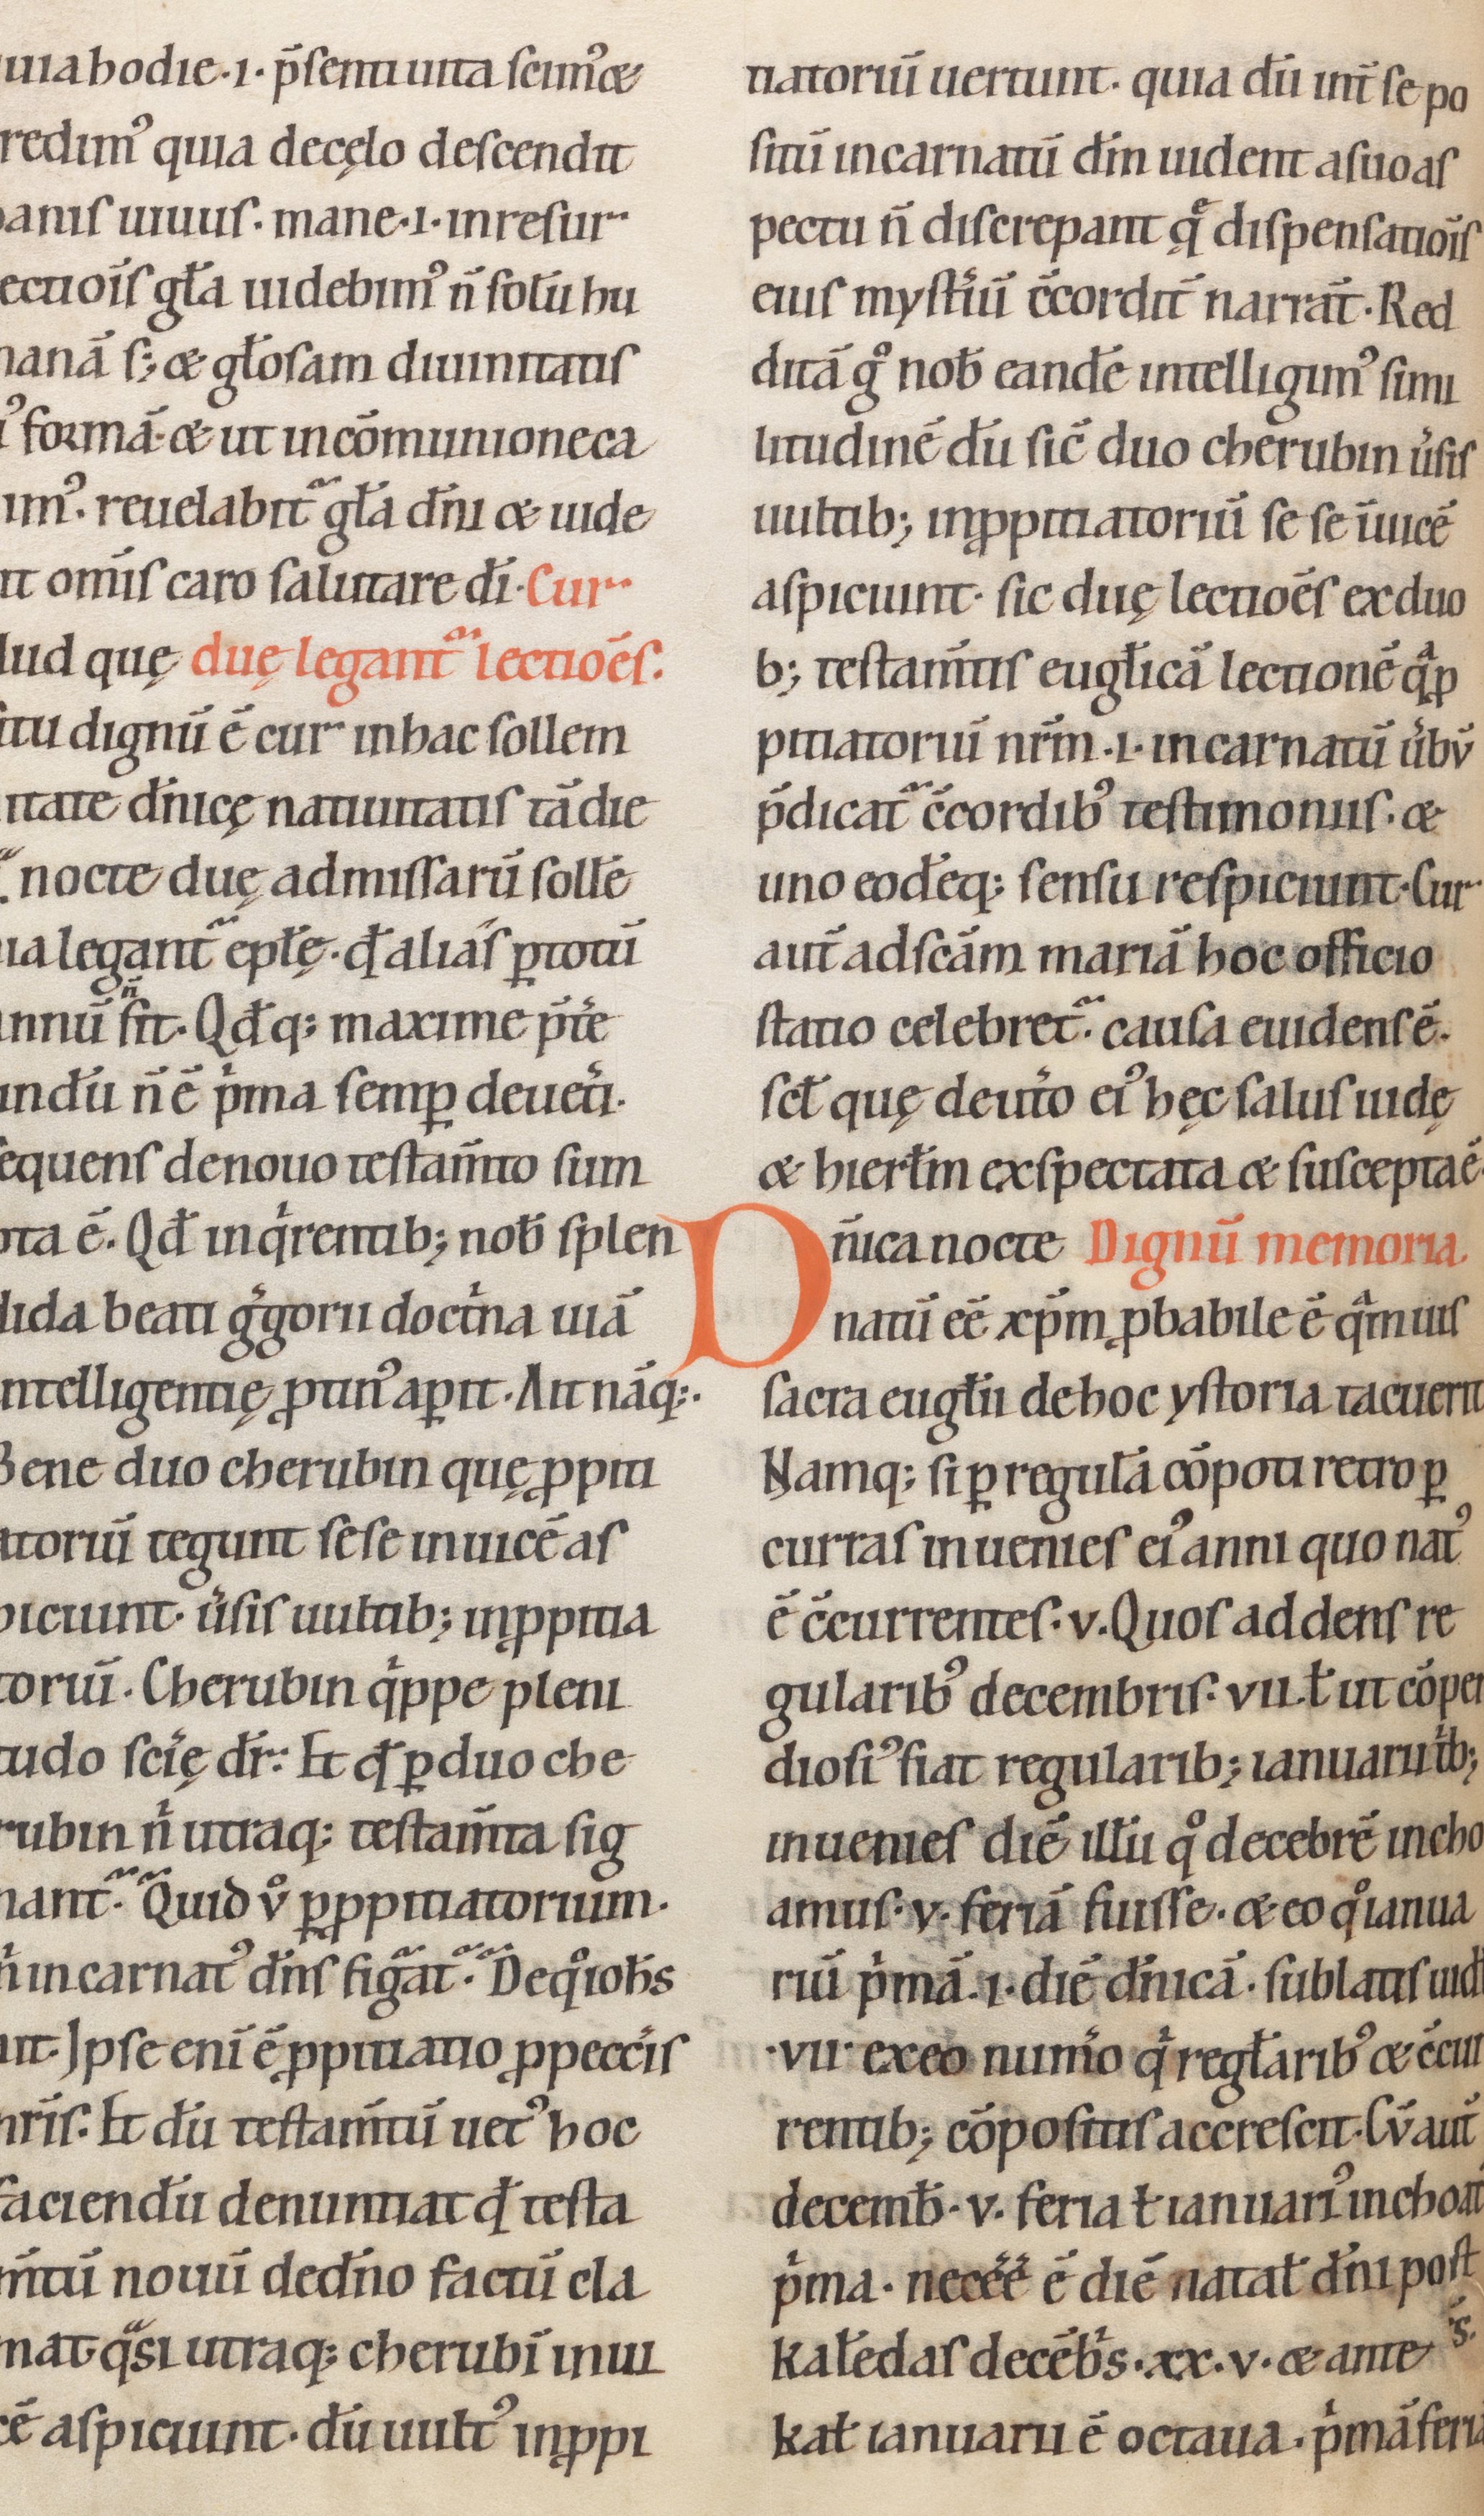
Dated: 1100–1199